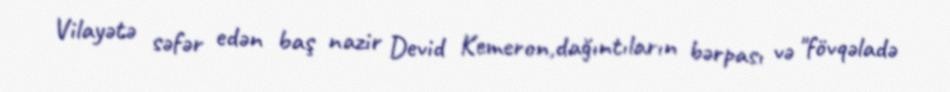
Vilayətə səfər edən baş nazir Devid Kemeron,dağıntıların bərpası və "fövqəladə